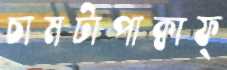
চামটাপাক্বাফ্